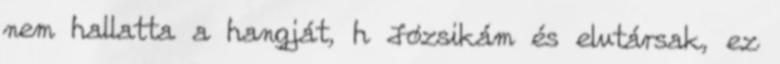
nem hallatta a hangját, h Józsikám és elvtársak, ez